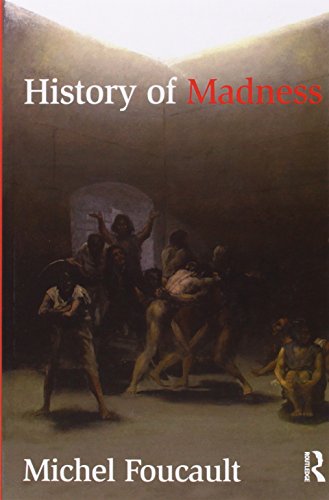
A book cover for History of Madness; Michel Foucault; Medical Books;